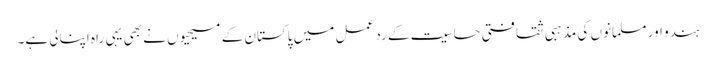
ہندو اور مسلمانوں کی مذہبی ثقافتی حساسیت کے رد عمل میں پاکستان کے مسیحیوں نے بھی یہی راہ اپنالی ہے۔